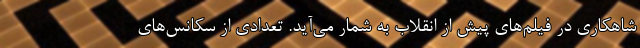
شاهکاری در فیلم‌های پیش از انقلاب به شمار می‌آید. تعدادی از سکانس‌های